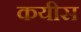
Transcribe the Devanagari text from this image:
कयीस